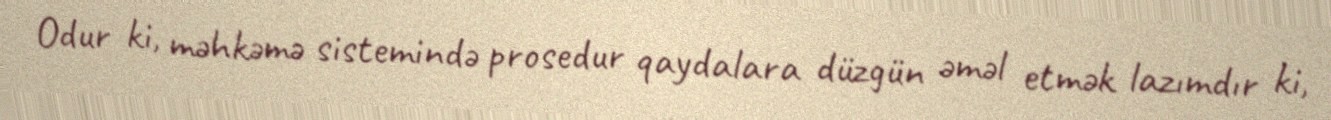
Odur ki, məhkəmə sistemində prosedur qaydalara düzgün əməl etmək lazımdır ki,